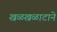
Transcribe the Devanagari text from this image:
खळखळाटाने